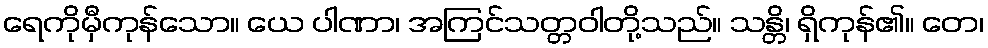
ရေကိုမှီကုန်သော။ ယေ ပါဏာ၊ အကြင်သတ္တဝါတို့သည်။ သန္တိ၊ ရှိကုန်၏။ တေ၊